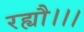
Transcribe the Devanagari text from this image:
रह्यौ।।।